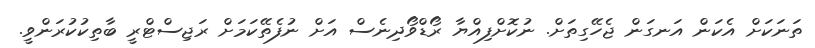
ތަނަކަށް އެކަން އަނގަން ޖެހޭގިތަށް. ނުކޮށްފިއްޔާ ރޯޑްވޯދިނެސް އަށް ނުފެތޭކަމަށް ރަޖިސްޓްރީ ބާތިކުކުރަންވީ.